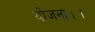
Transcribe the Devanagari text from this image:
योजना।।